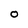
Character: O